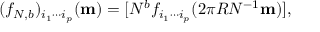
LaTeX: ( f _ { N , b } ) _ { i _ { 1 } \cdots i _ { p } } ( { \bf m } ) = [ N ^ { b } f _ { i _ { 1 } \cdots i _ { p } } ( 2 \pi R N ^ { - 1 } { \bf m } ) ] ,